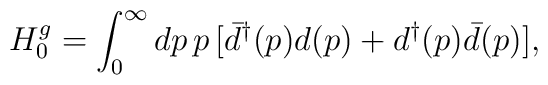
H_{0}^{g} = \int_{0}^{\infty}dp \, p\,[{\bar d}^{\dag}(p) d(p) + d^{\dag}(p)\bar d(p)] ,